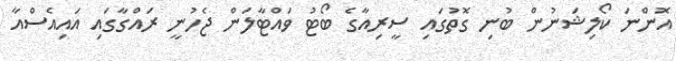
އޮންނަ ކޯލިޝަނުން ބުނި ގޮތުގައި ސީރިއާގެ ބޯޓު ވައްޓާލަން ޖެހުނީ ރައްގާގައި އައިއެސްއާ